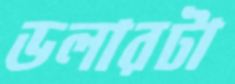
ডলারটা